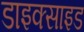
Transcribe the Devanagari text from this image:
डाइक्साइड